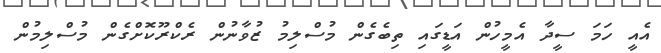
އެއީ ހަމަ ސީދާ އެމީހުން އަޑީގައި ތިބެގެން މުސްލިމު ޒުވާނުން ރެކްރޫކޮށްގެން މުސްލިމުން